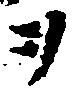
ヲ